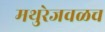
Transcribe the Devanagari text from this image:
मथुरेजवळच